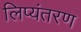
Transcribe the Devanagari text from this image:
लिप्‍यंतरण